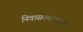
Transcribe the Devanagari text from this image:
निवासस्थानातून